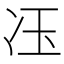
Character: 鿑